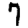
Digit: 7